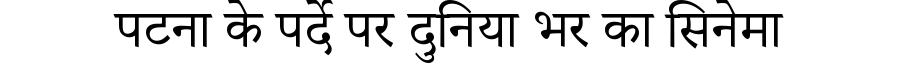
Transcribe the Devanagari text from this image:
पटना के पर्दे पर दुनिया भर का सिनेमा